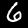
Digit: 6